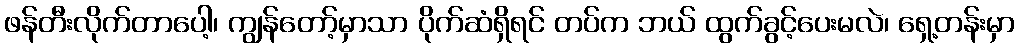
ဖန်တီးလိုက်တာပေါ့၊ ကျွန်တော့်မှာသာ ပိုက်ဆံရှိရင် တပ်က ဘယ် ထွက်ခွင့်ပေးမလဲ၊ ရှေ့တန်းမှာ